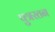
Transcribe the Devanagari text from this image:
पुत्ररतन